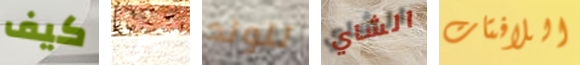
كيف لتبقي للولد الشاي اللافتات